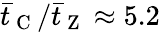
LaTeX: \bar{t}_{\mathrm{~C~}}/\bar{t}_{\mathrm{~Z~}}\approx 5.2